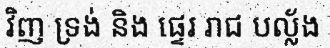
វិញ ទ្រង់ និង ផ្ទេរ រាជ បល្ល័ង